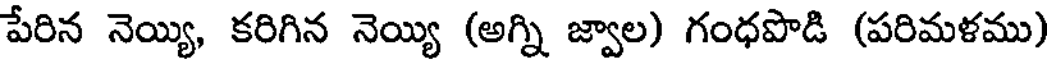
పేరిన నెయ్యి, కరిగిన నెయ్యి (అగ్ని జ్వాల) గంధపొడి (పరిమళము)